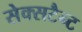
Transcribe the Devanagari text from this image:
सेक्सटैन्ट